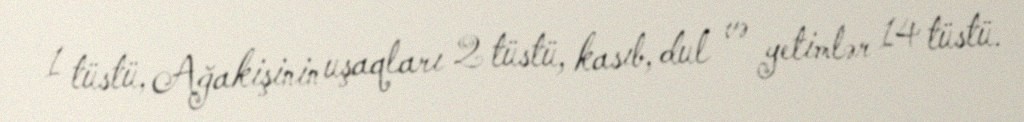
1 tüstü, Ağakişinin uşaqları 2 tüstü, kasıb, dul və yetimlər 14 tüstü.